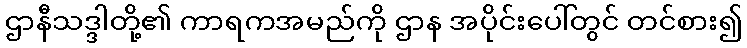
ဌာနီသဒ္ဒါတို့၏ ကာရကအမည်ကို ဌာန အပိုင်းပေါ်တွင် တင်စား၍